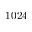
1 0 2 4